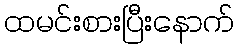
ထမင်းစားပြီးနောက်